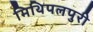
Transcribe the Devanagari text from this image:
मिथिपलपुरी